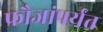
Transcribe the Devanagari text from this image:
फौजांपर्यंत